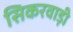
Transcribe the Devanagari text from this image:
सिकरवाड़ी